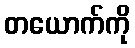
တယောက်ကို